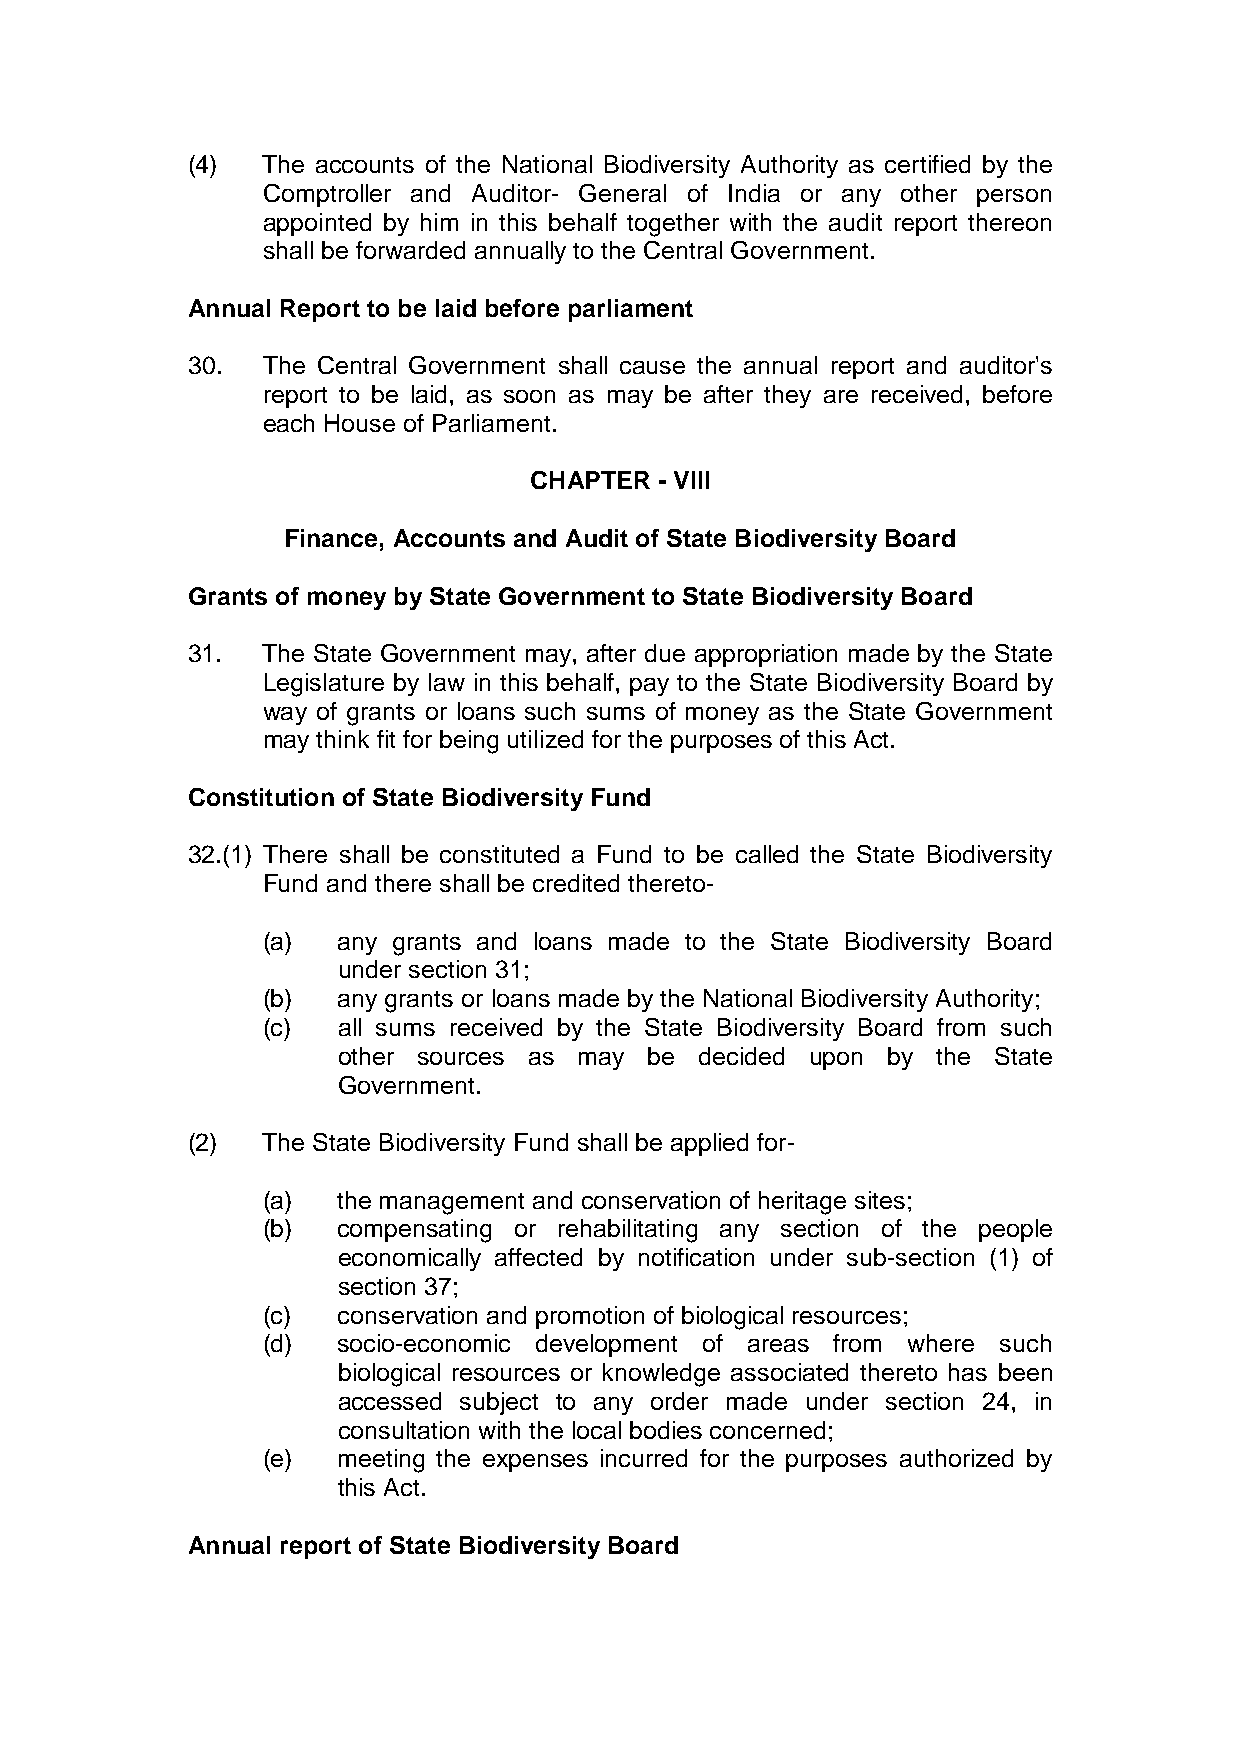
(4)  The accounts of the National Biodiversity Authority as certified by the
 Comptroller and Auditor- General of India or any other person
 appointed by him in this behalf together with the audit report thereon
 shall be forwarded annually to the Central Government.
 Annual Report to be laid before parliament
 30.  The Central Government shall cause the annual report and auditor's
 report to be laid, as soon as may be after they are received, before
 each House of Parliament.
 CHAPTER  - VIII
 Finance, Accounts and Audit of State Biodiversity Board
 Grants of money by State Government to State Biodiversity Board
 31.  The State Government may, after due appropriation made by the State
 Legislature by law in this behalf, pay to the State Biodiversity Board by
 way of grants or loans such sums of money as the State Government
 may think fit for being utilized for the purposes of this Act.
 Constitution of State Biodiversity Fund
 32.(1) There shall be constituted a Fund to be called the State Biodiversity
 Fund and there shall be credited thereto-
 (a)  any grants and loans made to the State Biodiversity Board
 under section 31;
 (b)  any grants or loans made by the National Biodiversity Authority;
 (c)  all sums received by the State Biodiversity Board from such
 other sources as may be decided upon by the State
 Government.
 (2)  The State Biodiversity Fund shall be applied for-
 (a)  the management and conservation of heritage sites;
 (b)  compensating or rehabilitating any section of the people
 economically affected by notification under sub-section (1) of
 section 37;
 (c)  conservation and promotion of biological resources;
 (d)  socio-economic development of areas from where such
 biological resources or knowledge associated thereto has been
 accessed subject to any order made under section 24, in
 consultation with the local bodies concerned;
 (e)  meeting the expenses incurred for the purposes authorized by
 this Act.
 Annual report of State Biodiversity Board